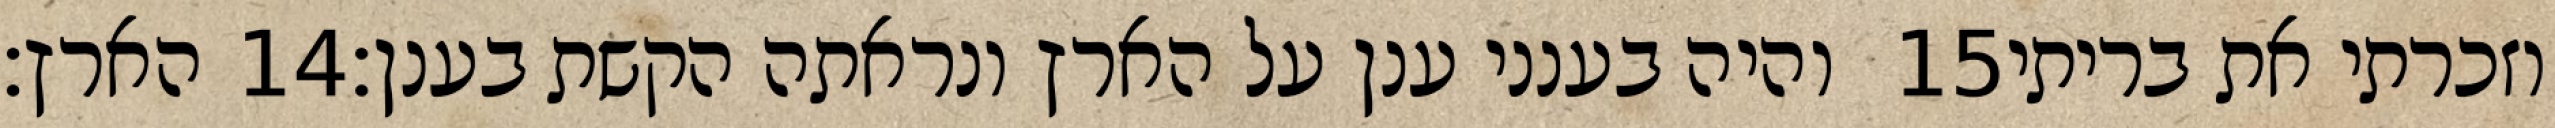
הארץ׃ ‎14‏ והיה בענני ענן על הארץ ונראתה הקשת בענן׃ ‎15‏ וזכרתי את בריתי